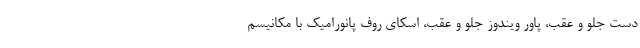
دست جلو و عقب، پاور ویندوز جلو و عقب، اسکای روف پانورامیک با مکانیسم